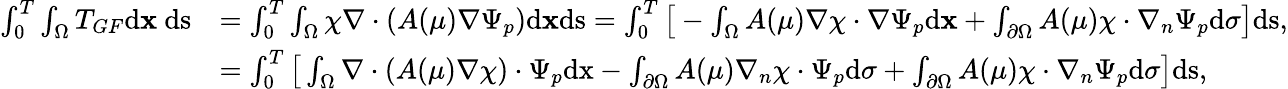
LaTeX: \begin{array}{rl}{\int_{0}^{T}\int_{\Omega}T_{GF}\textrm{d\textbf{x}\ ds}}&{=\int_{0}^{T}\int_{\Omega}\chi\nabla\cdot(A(\mu)\nabla\Psi_{p})\textrm{d}\textbf{x}\textrm{ds}=\int_{0}^{T}\big[-\int_{\Omega}A(\mu)\nabla\chi\cdot\nabla\Psi_{p}\textrm{d}\textbf{x}+\int_{\partial\Omega}A(\mu)\chi\cdot\nabla_{n}\Psi_{p}\textrm{d}\sigma\big]\textrm{ds},}\\ &{=\int_{0}^{T}\big[\int_{\Omega}\nabla\cdot(A(\mu)\nabla\chi)\cdot\Psi_{p}\textrm{dx}-\int_{\partial\Omega}A(\mu)\nabla_{n}\chi\cdot\Psi_{p}\textrm{d}\sigma+\int_{\partial\Omega}A(\mu)\chi\cdot\nabla_{n}\Psi_{p}\textrm{d}\sigma\big]\textrm{ds},}\end{array}